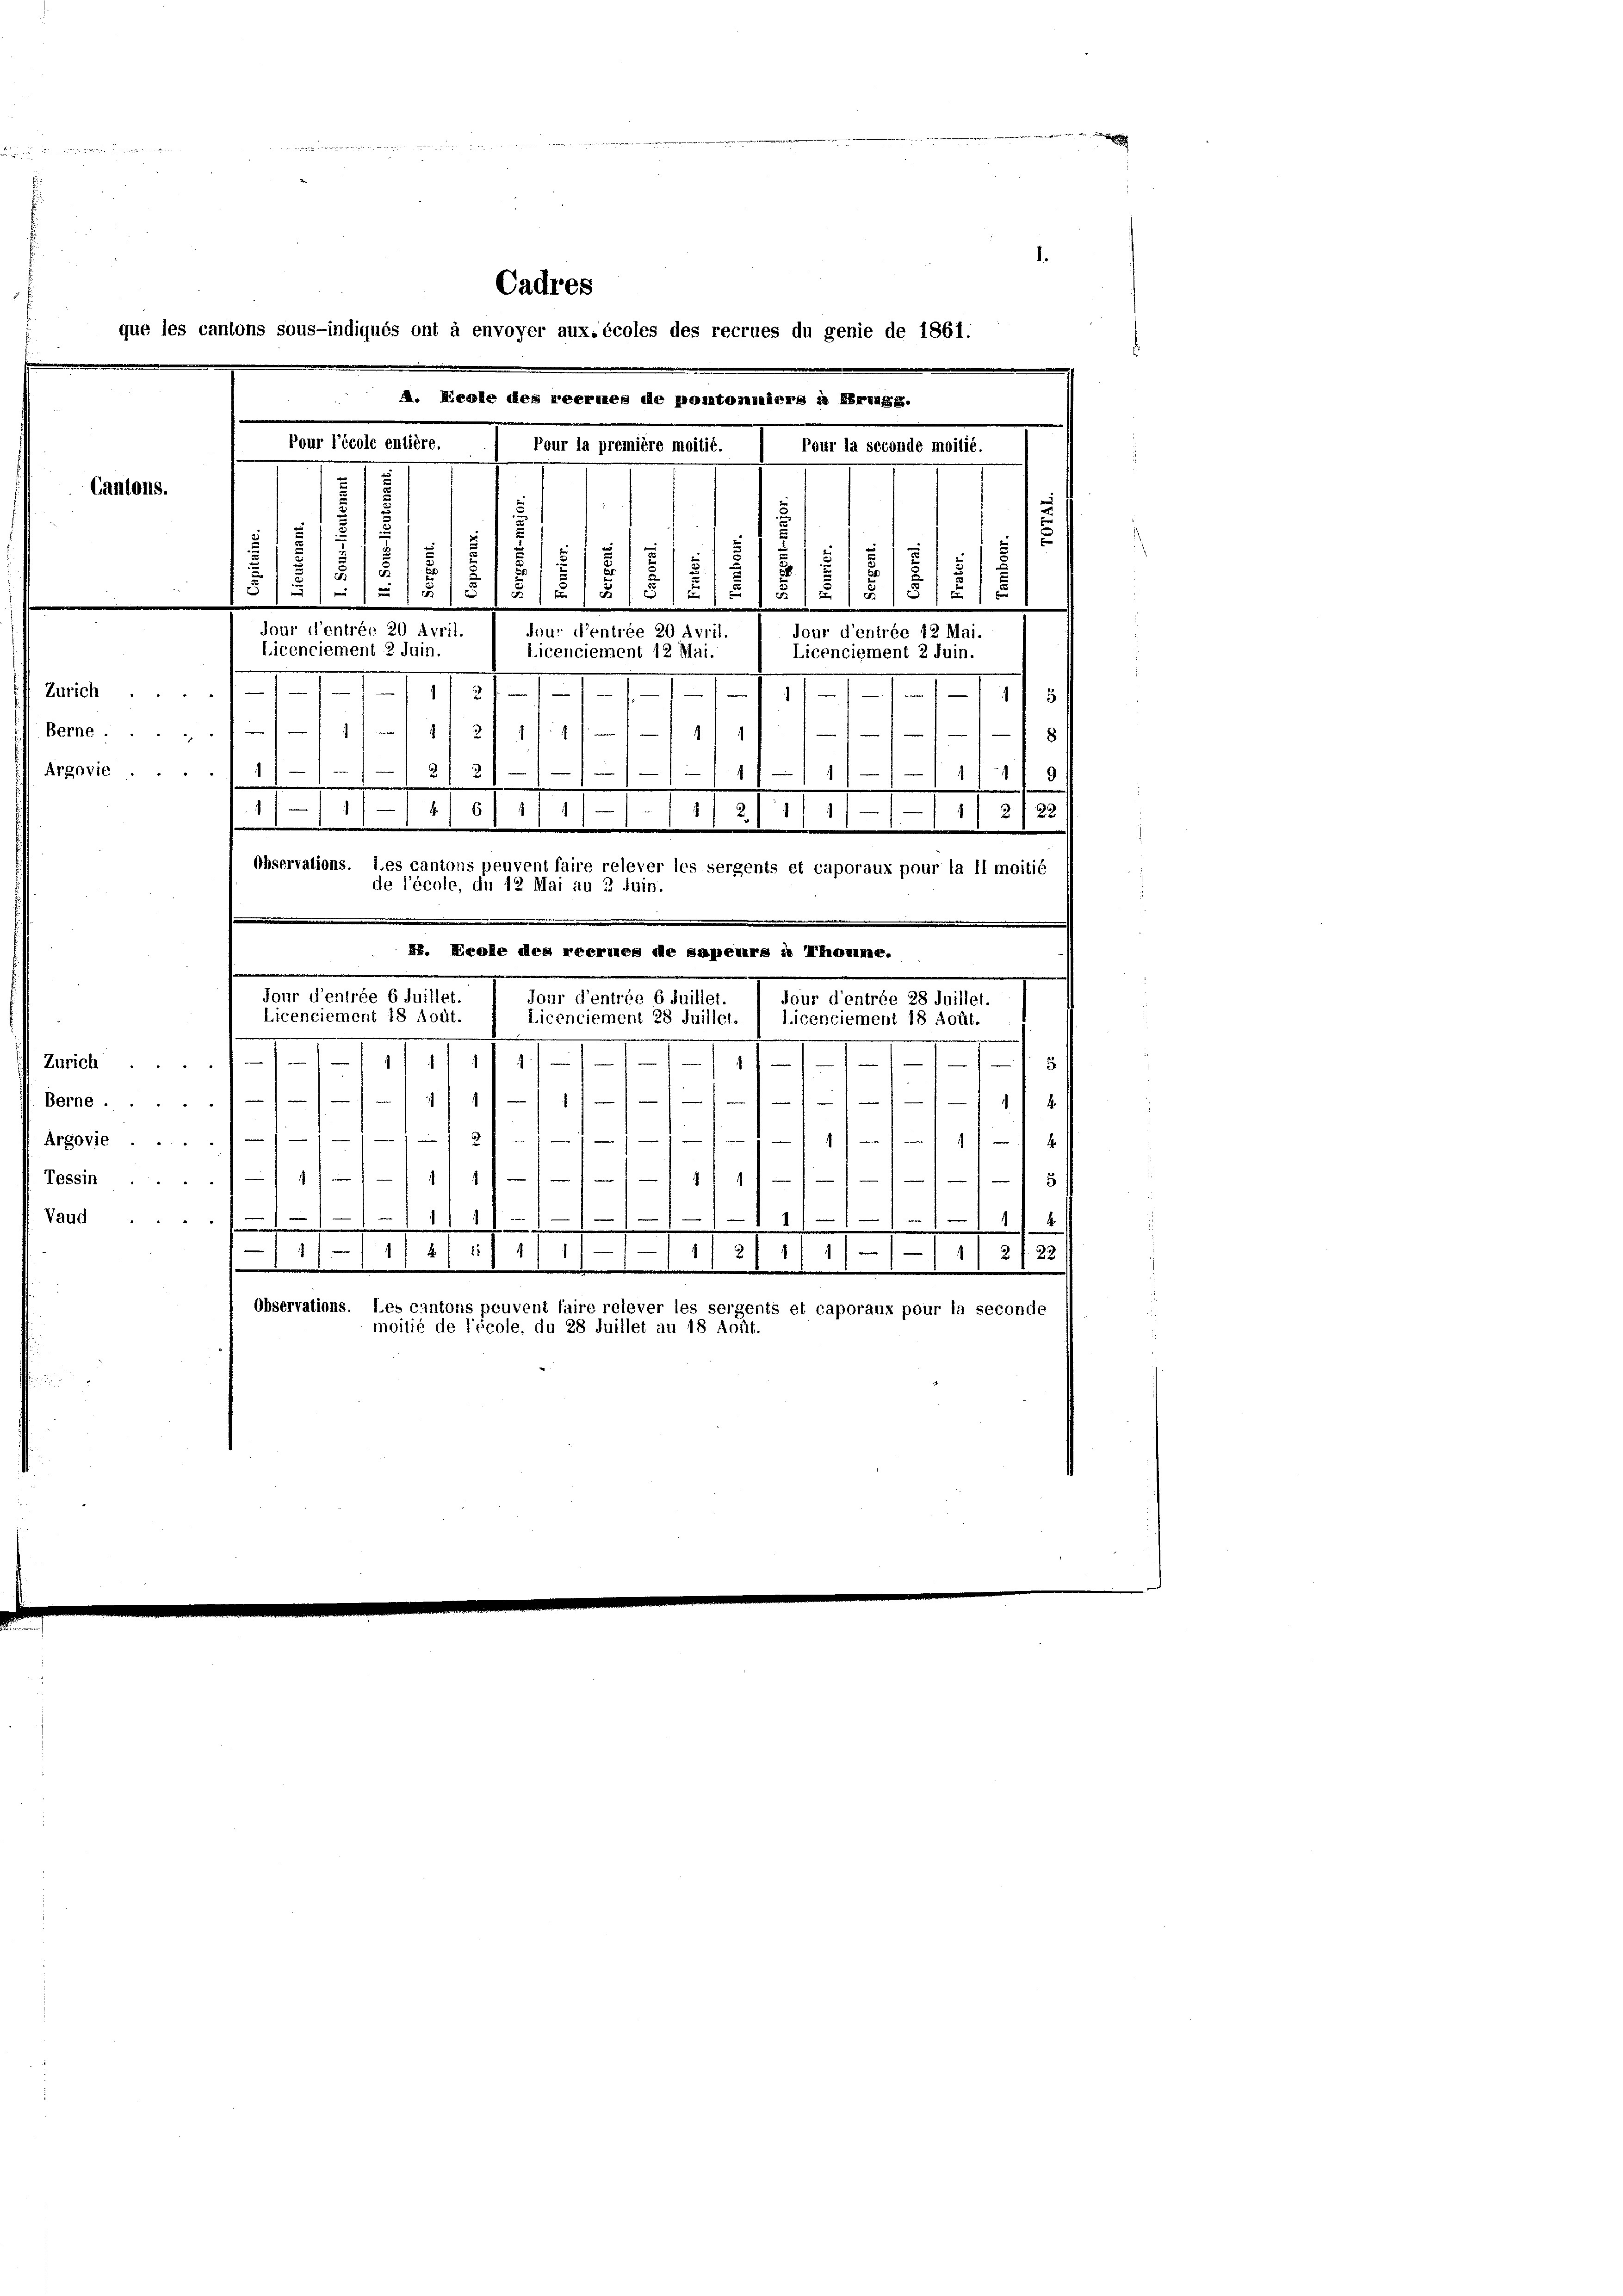
Tessin
Vaud

gegen in die

Cadres
que les cantons sous-indiqués ont à envoyer aux-écoles des recrues du genie de 1861.
. Ecole des reerutes de pantonssiers in Hertags.
Pour l’école entière.
Pour la première moitié.
Pour la seconde moitié.
Cantons.
s
5

5
.
s
1
.
/5/5////////////
Spur d’entrée 20 Avril.
our d’entrée 20 Avril.
Jour d’entrée 12 Mai.
Licenciement 2 Juin.
Licenciement 12 Mai.
Licenciement 2 Juin.
Zürich.
III 117.
.
1

Berne./11//11 21 11:
e
2
8/
.
1/11/1 11 479
Argovia 1/1 1/2, 2/////
e
1
 11/2/6/1/1/1/2/1
11
Observations. Les cantons peuvent faire relever les sergents et caporaux pour la Il moitié
de l’école, du 12 Mai au 3 Juin.
. Ecole des reerues de sapeurs à Thomme.
Jour d’entrée 6 Juillet.
Jour d’entrée 6 Juillet.
jour d’entrée 28 Juillet.
Licenciement 18 Aoüt.
Licenciement 28 Juillel.
Licenciement 18 Aoüt.
.

Zürich
5
e
Berne 4 1

1
.
e
2
1111 x
Argovie ..
1
5
1
4
114
1111. 111 11/11////
23
2
111-11/11 1411/11178/III 111
Observations. Les cantons peuvent faire relever les sergents et caporaux pour la seconde
moitié de l’école, du 28 Juillet au 18 Aoüt.